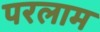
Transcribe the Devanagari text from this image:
परलाम